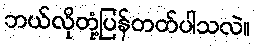
ဘယ်လိုတုံ့ပြန်တတ်ပါသလဲ။